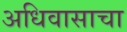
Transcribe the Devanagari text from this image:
अधिवासाचा